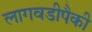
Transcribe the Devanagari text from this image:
लागवडीपैकी